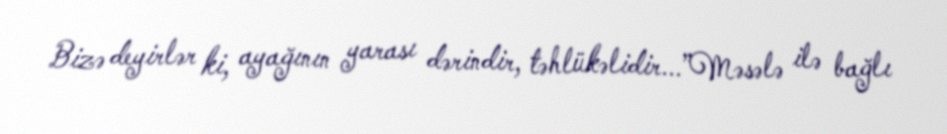
Bizə deyirlər ki, ayağının yarası dərindir, təhlükəlidir...”Məsələ ilə bağlı